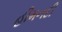
હીમનદી